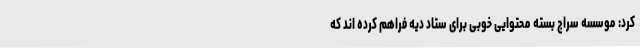
کرد: موسسه سراج بسته محتوایی خوبی برای ستاد دیه فراهم کرده اند که